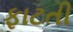
ફાટતી